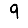
Digit: 9